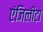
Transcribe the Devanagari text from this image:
एंजिलीटा